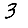
Digit: 3